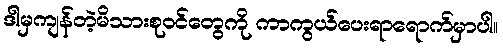
ဒါမှကျန်တဲ့မိသားစုဝင်တွေကို ကာကွယ်ပေးရာရောက်မှာပါ။